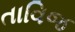
તાવિજ